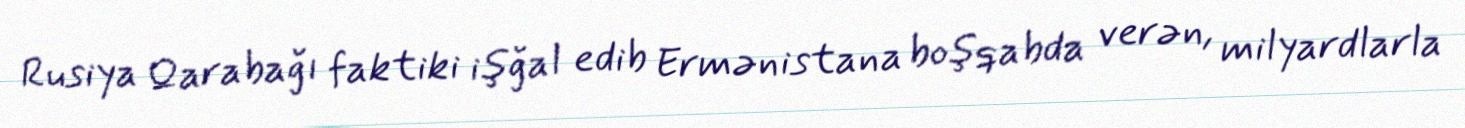
Rusiya Qarabağı faktiki işğal edib Ermənistana boşqabda verən, milyardlarla